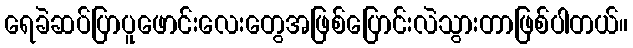
ရေခဲဆပ်ပြာပူဖောင်းလေးတွေအဖြစ်ပြောင်းလဲသွားတာဖြစ်ပါတယ်။